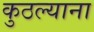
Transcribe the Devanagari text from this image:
कुठल्याना